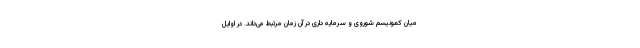
میان کمونیسم شوروی و سرمایه داری در آن زمان مرتبط می‌داند. در اوایل